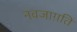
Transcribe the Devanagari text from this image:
नवजाग़ति